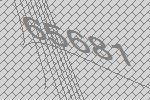
65681